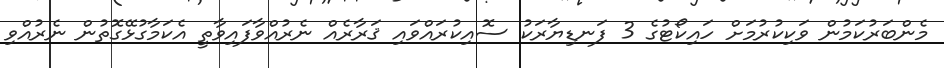
މެންބަރުކަމުން ވަކިކުރުމަށް ހައިކޯޓުގެ 3 ފަނޑިޔާރަކު ސޮއިކުރައްވައި ޤަރާރެއް ނެރުއްވާފައިވާތީ އެކަމާގުޅޭގޮތުން ނެރުއްވި